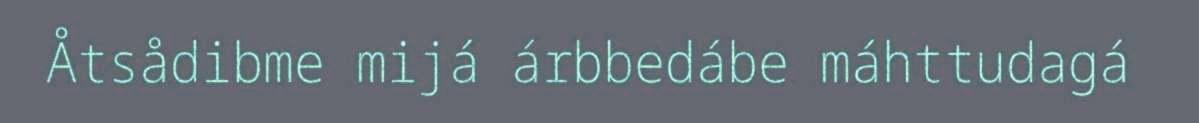
Åtsådibme mijá árbbedábe máhttudagá